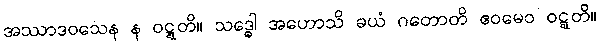
အဿာဒဝသေန န ဝဋ္ဋတိ။ သဒ္ဓေါ အဟောသိ ခယံ ဂတောတိ ဧဝမေဝ ဝဋ္ဋတိ။